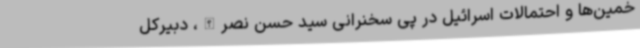
خمین‌ها و احتمالات اسرائیل در پی سخنرانی سید حسن نصرالله، دبیرکل